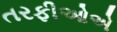
તરફીઓએ